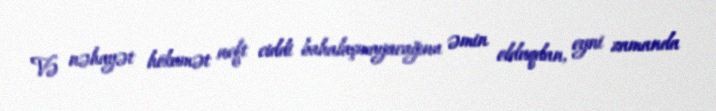
Və nəhayət hökumət neft ciddi bahalaşmayacağına əmin olduqdan, eyni zamanda